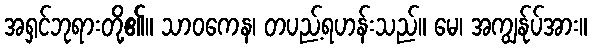
အရှင်ဘုရားတို့၏။ သာဝကေန၊ တပည့်ရဟန်းသည်။ မေ၊ အကျွန်ုပ်အား။